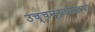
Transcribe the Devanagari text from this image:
उच्चन्यायालयों